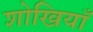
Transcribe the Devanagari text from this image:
शोखियाँ